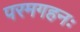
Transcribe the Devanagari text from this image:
परमगहनः